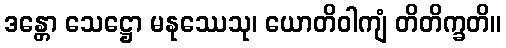
ဒန္တော သေဋ္ဌော မနုဿေသု၊ ယောတိဝါကျံ တိတိက္ခတိ။